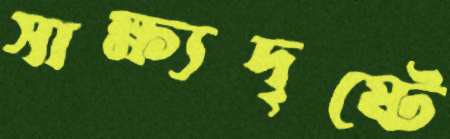
সাক্ষ্যদৃষ্টে